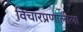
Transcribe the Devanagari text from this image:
विचारप्रणालीला